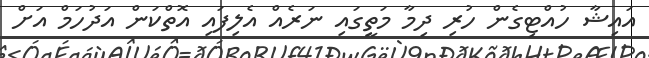
އައިޝާ ހުއްޓިގެން ހުރި ދިމާ މަތީގައި ނަރެއް އެލިފައި އޮތްކަން އަދުހަމް އަށް